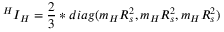
{ ^ H } I _ { H } = { \frac { 2 } { 3 } } * d i a g ( m _ { H } R _ { s } ^ { 2 } , m _ { H } R _ { s } ^ { 2 } , m _ { H } R _ { s } ^ { 2 } )